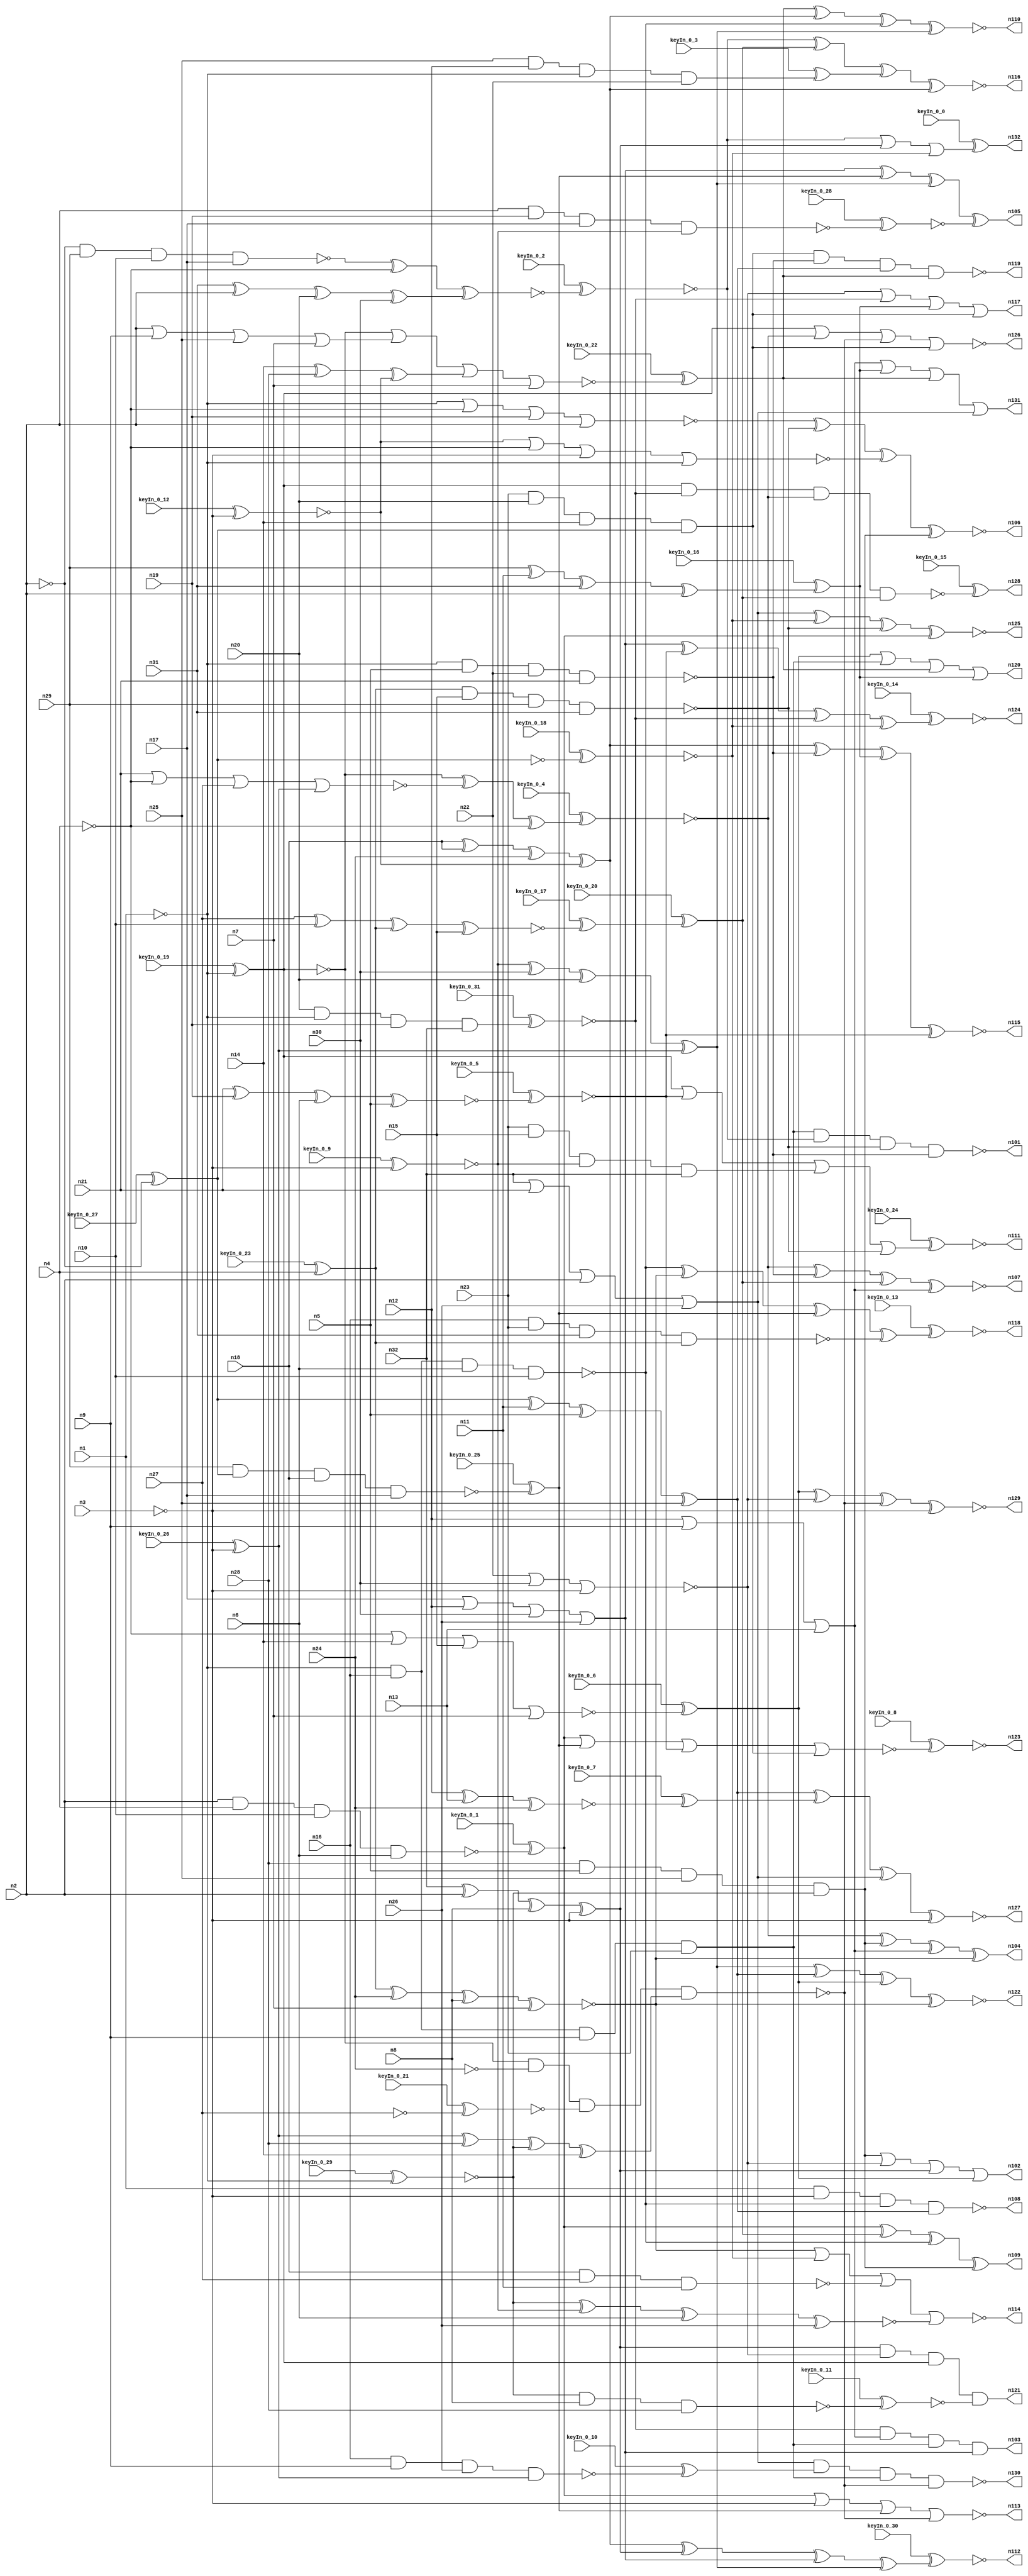


module Stat_100_43
(
  n1,
  n2,
  n3,
  n4,
  n5,
  n6,
  n7,
  n8,
  n9,
  n10,
  n11,
  n12,
  n13,
  n14,
  n15,
  n16,
  n17,
  n18,
  n19,
  n20,
  n21,
  n22,
  n23,
  n24,
  n25,
  n26,
  n27,
  n28,
  n29,
  n30,
  n31,
  n32,
  n108,
  n118,
  n127,
  n131,
  n124,
  n115,
  n125,
  n116,
  n101,
  n126,
  n129,
  n111,
  n112,
  n110,
  n120,
  n123,
  n104,
  n130,
  n113,
  n132,
  n128,
  n102,
  n114,
  n119,
  n109,
  n121,
  n122,
  n105,
  n106,
  n107,
  n117,
  n103,
  keyIn_0_0,
  keyIn_0_1,
  keyIn_0_2,
  keyIn_0_3,
  keyIn_0_4,
  keyIn_0_5,
  keyIn_0_6,
  keyIn_0_7,
  keyIn_0_8,
  keyIn_0_9,
  keyIn_0_10,
  keyIn_0_11,
  keyIn_0_12,
  keyIn_0_13,
  keyIn_0_14,
  keyIn_0_15,
  keyIn_0_16,
  keyIn_0_17,
  keyIn_0_18,
  keyIn_0_19,
  keyIn_0_20,
  keyIn_0_21,
  keyIn_0_22,
  keyIn_0_23,
  keyIn_0_24,
  keyIn_0_25,
  keyIn_0_26,
  keyIn_0_27,
  keyIn_0_28,
  keyIn_0_29,
  keyIn_0_30,
  keyIn_0_31
);

  input n1;input n2;input n3;input n4;input n5;input n6;input n7;input n8;input n9;input n10;input n11;input n12;input n13;input n14;input n15;input n16;input n17;input n18;input n19;input n20;input n21;input n22;input n23;input n24;input n25;input n26;input n27;input n28;input n29;input n30;input n31;input n32;input keyIn_0_0;input keyIn_0_1;input keyIn_0_2;input keyIn_0_3;input keyIn_0_4;input keyIn_0_5;input keyIn_0_6;input keyIn_0_7;input keyIn_0_8;input keyIn_0_9;input keyIn_0_10;input keyIn_0_11;input keyIn_0_12;input keyIn_0_13;input keyIn_0_14;input keyIn_0_15;input keyIn_0_16;input keyIn_0_17;input keyIn_0_18;input keyIn_0_19;input keyIn_0_20;input keyIn_0_21;input keyIn_0_22;input keyIn_0_23;input keyIn_0_24;input keyIn_0_25;input keyIn_0_26;input keyIn_0_27;input keyIn_0_28;input keyIn_0_29;input keyIn_0_30;input keyIn_0_31;
  output n108;output n118;output n127;output n131;output n124;output n115;output n125;output n116;output n101;output n126;output n129;output n111;output n112;output n110;output n120;output n123;output n104;output n130;output n113;output n132;output n128;output n102;output n114;output n119;output n109;output n121;output n122;output n105;output n106;output n107;output n117;output n103;
  wire n33;wire n34;wire n35;wire n36;wire n37;wire n38;wire n39;wire n40;wire n41;wire n42;wire n43;wire n44;wire n45;wire n46;wire n47;wire n48;wire n49;wire n50;wire n51;wire n52;wire n53;wire n54;wire n55;wire n56;wire n57;wire n58;wire n59;wire n60;wire n61;wire n62;wire n63;wire n64;wire n65;wire n66;wire n67;wire n68;wire n69;wire n70;wire n71;wire n72;wire n73;wire n74;wire n75;wire n76;wire n77;wire n78;wire n79;wire n80;wire n81;wire n82;wire n83;wire n84;wire n85;wire n86;wire n87;wire n88;wire n89;wire n90;wire n91;wire n92;wire n93;wire n94;wire n95;wire n96;wire n97;wire n98;wire n99;wire n100;wire KeyWire_0_0;wire KeyWire_0_1;wire KeyWire_0_2;wire KeyWire_0_3;wire KeyNOTWire_0_3;wire KeyWire_0_4;wire KeyNOTWire_0_4;wire KeyWire_0_5;wire KeyNOTWire_0_5;wire KeyWire_0_6;wire KeyNOTWire_0_6;wire KeyWire_0_7;wire KeyNOTWire_0_7;wire KeyWire_0_8;wire KeyWire_0_9;wire KeyNOTWire_0_9;wire KeyWire_0_10;wire KeyNOTWire_0_10;wire KeyWire_0_11;wire KeyWire_0_12;wire KeyWire_0_13;wire KeyWire_0_14;wire KeyNOTWire_0_14;wire KeyWire_0_15;wire KeyNOTWire_0_15;wire KeyWire_0_16;wire KeyNOTWire_0_16;wire KeyWire_0_17;wire KeyNOTWire_0_17;wire KeyWire_0_18;wire KeyNOTWire_0_18;wire KeyWire_0_19;wire KeyNOTWire_0_19;wire KeyWire_0_20;wire KeyNOTWire_0_20;wire KeyWire_0_21;wire KeyNOTWire_0_21;wire KeyWire_0_22;wire KeyWire_0_23;wire KeyWire_0_24;wire KeyNOTWire_0_24;wire KeyWire_0_25;wire KeyNOTWire_0_25;wire KeyWire_0_26;wire KeyWire_0_27;wire KeyNOTWire_0_27;wire KeyWire_0_28;wire KeyWire_0_29;wire KeyWire_0_30;wire KeyWire_0_31;

  not
  g0
  (
    KeyWire_0_26,
    n3
  );


  not
  g1
  (
    n46,
    n4
  );


  not
  g2
  (
    n33,
    n2
  );


  buf
  g3
  (
    n39,
    n2
  );


  not
  g4
  (
    KeyWire_0_27,
    n2
  );


  not
  g5
  (
    KeyWire_0_19,
    n1
  );


  not
  g6
  (
    n38,
    n1
  );


  not
  g7
  (
    n35,
    n3
  );


  not
  g8
  (
    KeyWire_0_12,
    n3
  );


  not
  g9
  (
    KeyWire_0_9,
    n3
  );


  not
  g10
  (
    n40,
    n4
  );


  not
  g11
  (
    n45,
    n1
  );


  buf
  g12
  (
    KeyWire_0_23,
    n4
  );


  not
  g13
  (
    KeyWire_0_29,
    n1
  );


  buf
  g14
  (
    n42,
    n2
  );


  buf
  g15
  (
    n55,
    n7
  );


  not
  g16
  (
    KeyWire_0_18,
    n44
  );


  not
  g17
  (
    n49,
    n24
  );


  not
  g18
  (
    KeyWire_0_21,
    n27
  );


  not
  g19
  (
    n63,
    n38
  );


  buf
  g20
  (
    n73,
    n35
  );


  or
  g21
  (
    n79,
    n12,
    n9,
    n13
  );


  xnor
  g22
  (
    n89,
    n34,
    n24,
    n8,
    n7
  );


  nand
  g23
  (
    n88,
    n38,
    n5,
    n22,
    n21
  );


  xor
  g24
  (
    KeyWire_0_16,
    n29,
    n11,
    n31,
    n39
  );


  xor
  g25
  (
    n51,
    n37,
    n30,
    n20,
    n43
  );


  and
  g26
  (
    n92,
    n23,
    n20,
    n14,
    n44
  );


  xnor
  g27
  (
    KeyWire_0_17,
    n27,
    n10,
    n34,
    n15
  );


  nand
  g28
  (
    KeyWire_0_28,
    n39,
    n19,
    n17,
    n37
  );


  nand
  g29
  (
    n72,
    n34,
    n15,
    n29,
    n31
  );


  xnor
  g30
  (
    n64,
    n41,
    n37,
    n6,
    n26
  );


  nor
  g31
  (
    n75,
    n22,
    n22,
    n30,
    n35
  );


  nand
  g32
  (
    KeyWire_0_25,
    n29,
    n44,
    n18,
    n17
  );


  nand
  g33
  (
    n56,
    n33,
    n29,
    n10,
    n17
  );


  xor
  g34
  (
    n53,
    n43,
    n28,
    n41,
    n14
  );


  or
  g35
  (
    n81,
    n32,
    n21,
    n42,
    n26
  );


  or
  g36
  (
    n91,
    n17,
    n12,
    n30,
    n26
  );


  nand
  g37
  (
    KeyWire_0_10,
    n16,
    n9,
    n26,
    n43
  );


  xor
  g38
  (
    n52,
    n31,
    n42,
    n20,
    n30
  );


  xnor
  g39
  (
    KeyWire_0_5,
    n21,
    n19,
    n6,
    n5
  );


  and
  g40
  (
    n84,
    n45,
    n16,
    n9,
    n23
  );


  xor
  g41
  (
    n86,
    n18,
    n18,
    n24,
    n36
  );


  xor
  g42
  (
    n80,
    n44,
    n11,
    n5,
    n25
  );


  nor
  g43
  (
    n67,
    n45,
    n40,
    n19,
    n42
  );


  and
  g44
  (
    KeyWire_0_3,
    n25,
    n12,
    n38,
    n22
  );


  xor
  g45
  (
    n87,
    n32,
    n42,
    n8,
    n35
  );


  nor
  g46
  (
    KeyWire_0_6,
    n40,
    n14,
    n15,
    n7
  );


  and
  g47
  (
    n66,
    n23,
    n15,
    n37,
    n32
  );


  and
  g48
  (
    n90,
    n28,
    n5,
    n25,
    n41
  );


  nand
  g49
  (
    n68,
    n16,
    n23,
    n31,
    n34
  );


  and
  g50
  (
    n50,
    n16,
    n45,
    n6,
    n10
  );


  or
  g51
  (
    n59,
    n39,
    n9,
    n25,
    n7
  );


  nor
  g52
  (
    n60,
    n36,
    n40,
    n35,
    n38
  );


  xor
  g53
  (
    n54,
    n14,
    n28,
    n36
  );


  nor
  g54
  (
    n58,
    n21,
    n40,
    n27,
    n43
  );


  nand
  g55
  (
    KeyWire_0_11,
    n41,
    n8,
    n28
  );


  nand
  g56
  (
    n70,
    n18,
    n27,
    n11
  );


  xnor
  g57
  (
    KeyWire_0_7,
    n12,
    n13,
    n24
  );


  nand
  g58
  (
    KeyWire_0_1,
    n39,
    n4,
    n10,
    n6
  );


  and
  g59
  (
    KeyWire_0_31,
    n20,
    n45,
    n19,
    n32
  );


  buf
  g60
  (
    n97,
    n51
  );


  not
  g61
  (
    n100,
    n47
  );


  not
  g62
  (
    KeyWire_0_20,
    n48
  );


  not
  g63
  (
    n99,
    n50
  );


  xor
  g64
  (
    KeyWire_0_4,
    n47,
    n58,
    n46
  );


  nand
  g65
  (
    n93,
    n47,
    n49,
    n57,
    n53
  );


  xnor
  g66
  (
    KeyWire_0_2,
    n56,
    n46,
    n52
  );


  nor
  g67
  (
    KeyWire_0_22,
    n47,
    n59,
    n54,
    n55
  );


  or
  g68
  (
    n102,
    n90,
    n75,
    n87,
    n83
  );


  xor
  g69
  (
    n104,
    n96,
    n90,
    n79,
    n89
  );


  xnor
  g70
  (
    n106,
    n67,
    n72,
    n60,
    n90
  );


  nand
  g71
  (
    n130,
    n81,
    n61,
    n84,
    n93
  );


  nor
  g72
  (
    n113,
    n85,
    n73,
    n77,
    n93
  );


  xnor
  g73
  (
    n122,
    n97,
    n80,
    n83,
    n89
  );


  xor
  g74
  (
    n109,
    n85,
    n95,
    n99,
    n90
  );


  xor
  g75
  (
    KeyWire_0_13,
    n99,
    n89,
    n77,
    n68
  );


  or
  g76
  (
    n117,
    n75,
    n74,
    n78,
    n92
  );


  xnor
  g77
  (
    n125,
    n81,
    n76,
    n72,
    n85
  );


  nor
  g78
  (
    KeyWire_0_8,
    n85,
    n77,
    n82,
    n92
  );


  nor
  g79
  (
    n114,
    n89,
    n76,
    n70,
    n64
  );


  nand
  g80
  (
    KeyWire_0_15,
    n100,
    n74,
    n96,
    n95
  );


  xnor
  g81
  (
    n129,
    n83,
    n75,
    n93,
    n73
  );


  xnor
  g82
  (
    n107,
    n96,
    n88,
    n95,
    n79
  );


  xnor
  g83
  (
    n127,
    n80,
    n65,
    n81,
    n73
  );


  xor
  g84
  (
    KeyWire_0_30,
    n86,
    n87,
    n91,
    n97
  );


  or
  g85
  (
    KeyWire_0_24,
    n100,
    n82,
    n66,
    n72
  );


  nor
  g86
  (
    n126,
    n100,
    n96,
    n93,
    n92
  );


  xnor
  g87
  (
    n116,
    n94,
    n95,
    n62,
    n86
  );


  or
  g88
  (
    n131,
    n79,
    n78,
    n98,
    n81
  );


  nand
  g89
  (
    n101,
    n84,
    n94,
    n72,
    n88
  );


  xor
  g90
  (
    n105,
    n91,
    n77,
    n97,
    n71
  );


  xnor
  g91
  (
    n110,
    n98,
    n86,
    n99,
    n97
  );


  xor
  g92
  (
    KeyWire_0_14,
    n91,
    n82,
    n74,
    n76
  );


  or
  g93
  (
    KeyWire_0_0,
    n94,
    n94,
    n87,
    n76
  );


  xnor
  g94
  (
    n115,
    n86,
    n88,
    n78,
    n82
  );


  nand
  g95
  (
    n108,
    n63,
    n73,
    n99,
    n80
  );


  and
  g96
  (
    n103,
    n74,
    n79,
    n84,
    n91
  );


  nand
  g97
  (
    n119,
    n92,
    n88,
    n80,
    n98
  );


  and
  g98
  (
    n121,
    n87,
    n75,
    n100,
    n69
  );


  or
  g99
  (
    n120,
    n83,
    n84,
    n98,
    n78
  );


  xor
  KeyGate_0_0
  (
    n132,
    keyIn_0_0,
    KeyWire_0_0
  );


  xor
  KeyGate_0_1
  (
    n85,
    keyIn_0_1,
    KeyWire_0_1
  );


  xnor
  KeyGate_0_2
  (
    n94,
    keyIn_0_2,
    KeyWire_0_2
  );


  xnor
  KeyGate_0_3
  (
    KeyNOTWire_0_3,
    keyIn_0_3,
    KeyWire_0_3
  );


  not
  KeyNOTGate_0_3
  (
    n62,
    KeyNOTWire_0_3
  );


  xor
  KeyGate_0_4
  (
    KeyNOTWire_0_4,
    keyIn_0_4,
    KeyWire_0_4
  );


  not
  KeyNOTGate_0_4
  (
    n96,
    KeyNOTWire_0_4
  );


  xor
  KeyGate_0_5
  (
    KeyNOTWire_0_5,
    keyIn_0_5,
    KeyWire_0_5
  );


  not
  KeyNOTGate_0_5
  (
    n82,
    KeyNOTWire_0_5
  );


  xnor
  KeyGate_0_6
  (
    KeyNOTWire_0_6,
    keyIn_0_6,
    KeyWire_0_6
  );


  not
  KeyNOTGate_0_6
  (
    n83,
    KeyNOTWire_0_6
  );


  xnor
  KeyGate_0_7
  (
    KeyNOTWire_0_7,
    keyIn_0_7,
    KeyWire_0_7
  );


  not
  KeyNOTGate_0_7
  (
    n65,
    KeyNOTWire_0_7
  );


  xnor
  KeyGate_0_8
  (
    n123,
    keyIn_0_8,
    KeyWire_0_8
  );


  xor
  KeyGate_0_9
  (
    KeyNOTWire_0_9,
    keyIn_0_9,
    KeyWire_0_9
  );


  not
  KeyNOTGate_0_9
  (
    n37,
    KeyNOTWire_0_9
  );


  xnor
  KeyGate_0_10
  (
    KeyNOTWire_0_10,
    keyIn_0_10,
    KeyWire_0_10
  );


  not
  KeyNOTGate_0_10
  (
    n61,
    KeyNOTWire_0_10
  );


  xnor
  KeyGate_0_11
  (
    n69,
    keyIn_0_11,
    KeyWire_0_11
  );


  xnor
  KeyGate_0_12
  (
    n36,
    keyIn_0_12,
    KeyWire_0_12
  );


  xnor
  KeyGate_0_13
  (
    n118,
    keyIn_0_13,
    KeyWire_0_13
  );


  xor
  KeyGate_0_14
  (
    KeyNOTWire_0_14,
    keyIn_0_14,
    KeyWire_0_14
  );


  not
  KeyNOTGate_0_14
  (
    n124,
    KeyNOTWire_0_14
  );


  xnor
  KeyGate_0_15
  (
    KeyNOTWire_0_15,
    keyIn_0_15,
    KeyWire_0_15
  );


  not
  KeyNOTGate_0_15
  (
    n128,
    KeyNOTWire_0_15
  );


  xnor
  KeyGate_0_16
  (
    KeyNOTWire_0_16,
    keyIn_0_16,
    KeyWire_0_16
  );


  not
  KeyNOTGate_0_16
  (
    n78,
    KeyNOTWire_0_16
  );


  xor
  KeyGate_0_17
  (
    KeyNOTWire_0_17,
    keyIn_0_17,
    KeyWire_0_17
  );


  not
  KeyNOTGate_0_17
  (
    n48,
    KeyNOTWire_0_17
  );


  xor
  KeyGate_0_18
  (
    KeyNOTWire_0_18,
    keyIn_0_18,
    KeyWire_0_18
  );


  not
  KeyNOTGate_0_18
  (
    n76,
    KeyNOTWire_0_18
  );


  xor
  KeyGate_0_19
  (
    KeyNOTWire_0_19,
    keyIn_0_19,
    KeyWire_0_19
  );


  not
  KeyNOTGate_0_19
  (
    n47,
    KeyNOTWire_0_19
  );


  xnor
  KeyGate_0_20
  (
    KeyNOTWire_0_20,
    keyIn_0_20,
    KeyWire_0_20
  );


  not
  KeyNOTGate_0_20
  (
    n95,
    KeyNOTWire_0_20
  );


  xor
  KeyGate_0_21
  (
    KeyNOTWire_0_21,
    keyIn_0_21,
    KeyWire_0_21
  );


  not
  KeyNOTGate_0_21
  (
    n57,
    KeyNOTWire_0_21
  );


  xor
  KeyGate_0_22
  (
    n98,
    keyIn_0_22,
    KeyWire_0_22
  );


  xor
  KeyGate_0_23
  (
    n34,
    keyIn_0_23,
    KeyWire_0_23
  );


  xor
  KeyGate_0_24
  (
    KeyNOTWire_0_24,
    keyIn_0_24,
    KeyWire_0_24
  );


  not
  KeyNOTGate_0_24
  (
    n111,
    KeyNOTWire_0_24
  );


  xnor
  KeyGate_0_25
  (
    KeyNOTWire_0_25,
    keyIn_0_25,
    KeyWire_0_25
  );


  not
  KeyNOTGate_0_25
  (
    n77,
    KeyNOTWire_0_25
  );


  xor
  KeyGate_0_26
  (
    n43,
    keyIn_0_26,
    KeyWire_0_26
  );


  xnor
  KeyGate_0_27
  (
    KeyNOTWire_0_27,
    keyIn_0_27,
    KeyWire_0_27
  );


  not
  KeyNOTGate_0_27
  (
    n44,
    KeyNOTWire_0_27
  );


  xnor
  KeyGate_0_28
  (
    n71,
    keyIn_0_28,
    KeyWire_0_28
  );


  xnor
  KeyGate_0_29
  (
    n41,
    keyIn_0_29,
    KeyWire_0_29
  );


  xnor
  KeyGate_0_30
  (
    n112,
    keyIn_0_30,
    KeyWire_0_30
  );


  xnor
  KeyGate_0_31
  (
    n74,
    keyIn_0_31,
    KeyWire_0_31
  );


endmodule